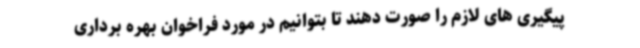
پیگیری های لازم را صورت دهند تا بتوانیم در مورد فراخوان بهره برداری